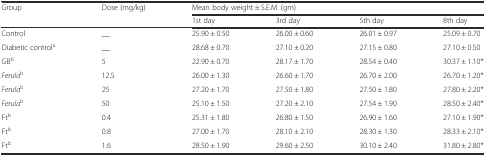
<table><thead><tr><td><b>Group</b></td><td><b>Dose (mg/kg)</b></td><td colspan="4"><b>Mean body weight ± S.E.M. (gm)</b></td></tr><tr><td></td><td></td><td><b>1st day</b></td><td><b>3rd day</b></td><td><b>5th day</b></td><td><b>8th day</b></td></tr></thead><tbody><tr><td>Control</td><td>__</td><td>25.90 ± 0.50</td><td>26.00 ± 0.60</td><td>26.01 ± 0.97</td><td>25.09 ± 0.70</td></tr><tr><td>Diabetic control<sup>a</sup></td><td>__</td><td>28.68 ± 0.70</td><td>27.10 ± 0.20</td><td>27.15 ± 0.80</td><td>27.10 ± 0.50</td></tr><tr><td>GB<sup>b</sup></td><td>5</td><td>22.90 ± 0.70</td><td>28.17 ± 1.70</td><td>28.54 ± 0.40</td><td>30.37 ± 1.10*</td></tr><tr><td><i>Ferula</i><sup>b</sup></td><td>12.5</td><td>26.00 ± 1.30</td><td>26.60 ± 1.70</td><td>26.70 ± 2.00</td><td>26.70 ± 1.20*</td></tr><tr><td><i>Ferula</i><sup>b</sup></td><td>25</td><td>27.20 ± 1.70</td><td>27.50 ± 1.80</td><td>27.50 ± 1.80</td><td>27.80 ± 2.20*</td></tr><tr><td><i>Ferula</i><sup>b</sup></td><td>50</td><td>25.10 ± 1.50</td><td>27.20 ± 2.10</td><td>27.54 ± 1.90</td><td>28.50 ± 2.40*</td></tr><tr><td>Ft<sup>b</sup></td><td>0.4</td><td>25.31 ± 1.80</td><td>26.80 ± 1.50</td><td>26.90 ± 1.60</td><td>27.10 ± 1.90*</td></tr><tr><td>Ft<sup>b</sup></td><td>0.8</td><td>27.00 ± 1.70</td><td>28.10 ± 2.10</td><td>28.30 ± 1.30</td><td>28.33 ± 2.10*</td></tr><tr><td>Ft<sup>b</sup></td><td>1.6</td><td>28.50 ± 1.90</td><td>29.60 ± 2.50</td><td>30.10 ± 2.40</td><td>31.80 ± 2.80*</td></tr></tbody></table>